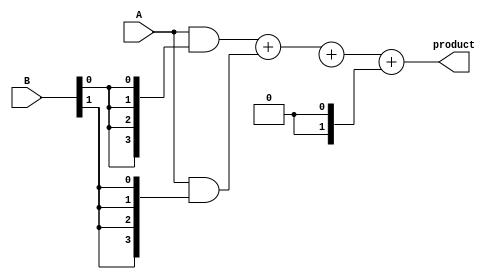
module dadda_multiplier #(parameter N = 4) (
    input [N-1:0] A,
    input [N-1:0] B,
    output reg [2*N-1:0] product
);
    // Partial product array
    wire [N-1:0] pp [0:N-1]; // Partial products
    wire [2*N-1:0] sum [0:N-1]; // Intermediate sums
    wire [N-1:0] carry [0:N-1]; // Carry bits

    // Generate partial products
    genvar i, j;
    generate
        for (i = 0; i < N; i = i + 1) begin : partial_products
            assign pp[i] = A & {N{B[i]}};
        end
    endgenerate

    // Dadda reduction tree
    // Stage 1
    wire [N-1:0] row_sum [0:N/3]; // Sums at each stage
    wire [N-1:0] row_carry [0:N/3]; // Carries at each stage

    generate
        for (i = 0; i < N/3; i = i + 1) begin : stage1
            assign {row_carry[i], row_sum[i]} = pp[3*i] + pp[3*i+1];
        end
    endgenerate

    // Stage 2
    generate
        for (i = 0; i < (N/3); i = i + 1) begin : stage2
            if (i < (N/3 - 1)) begin
                assign {row_carry[i+1], sum[i]} = row_sum[i] + pp[3*i+2];
            end else begin
                assign sum[i] = row_sum[i];
            end
        end
    endgenerate

    // Final stage
    always @(*) begin
        // Final addition of the last two rows
        product = sum[0] + sum[1] + {row_carry[1], 1'b0}; // Adjust for carry
    end

endmodule